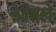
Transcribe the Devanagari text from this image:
इन्नले